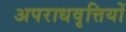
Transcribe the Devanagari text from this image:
अपराधवृत्तियों